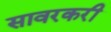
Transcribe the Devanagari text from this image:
सावरकरी